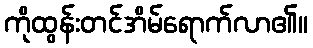
ကိုထွန်းတင်အိမ်ရောက်လာ၏။